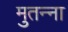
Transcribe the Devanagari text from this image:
मुतन्ना